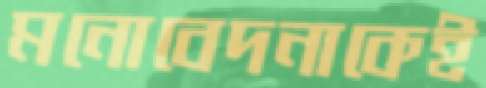
মনোবেদনাকেই